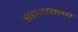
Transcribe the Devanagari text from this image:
साथर्कता